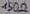
Text: 150Ω